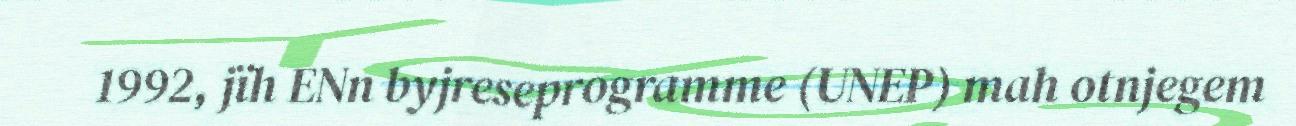
1992, jïh ENn byjreseprogramme (UNEP) mah otnjegem